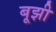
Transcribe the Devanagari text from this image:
बूझी